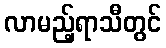
လာမည့်ရာသီတွင်